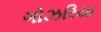
ગોઝરિયા